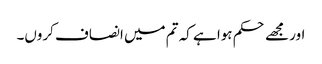
اور مجھے حکم ہوا ہے کہ تم میں انصاف کروں۔